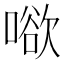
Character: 𭊒